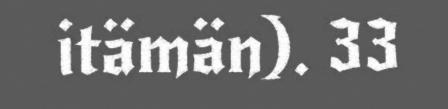
itämän). 33